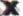
X